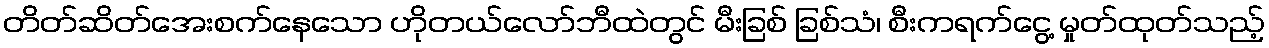
တိတ်ဆိတ်အေးစက်နေသော ဟိုတယ်လော်ဘီထဲတွင် မီးခြစ် ခြစ်သံ၊ စီးကရက်ငွေ့ မှုတ်ထုတ်သည့်